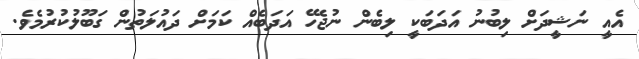
އެއީ ނަޝީދަށް ލިބުނު އަދަބަކީ ލިބެން ނުޖެހޭ އަދަބެއް ކަމަށް ދައުލަތުން ގަބޫލުކުރުމެވެ.